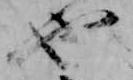
也